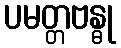
ပမတ္တဗန္ဓု